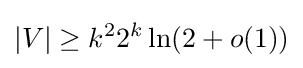
|V|\geq k^{2}2^{k}\ln(2+o(1))